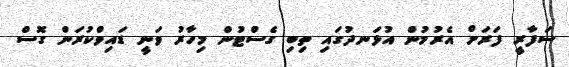
ސަފާރީ ފަރަށް އެރުމުން އުޅަނދުގައި ތިބި ގެސްޓުން މިހާރު ވަނީ ޑައިވްކުރަން ގޮސް